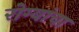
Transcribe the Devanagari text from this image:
रोग्यांचा